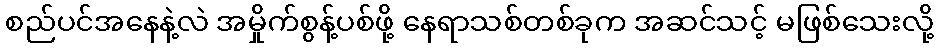
စည်ပင်အနေနဲ့လဲ အမှိုက်စွန့်ပစ်ဖို့ နေရာသစ်တစ်ခုက အဆင်သင့် မဖြစ်သေးလို့